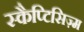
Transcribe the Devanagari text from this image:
स्कैप्टिसिज़्म